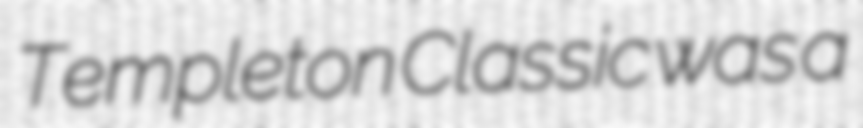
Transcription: Templeton Classic was a